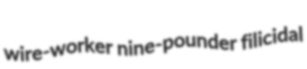
wire-worker nine-pounder filicidal